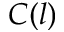
C ( l )